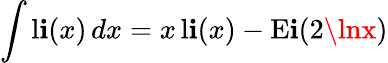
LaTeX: \int\operatorname{l\mathbf{i}}(x)\, dx=x\operatorname{l\mathbf{i}}(x)-\operatorname{E\mathbf{i}}(2\lnx)